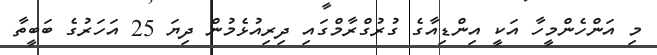
މި އަންހެންމީހާ އަކީ އިންޑިއާގެ ގުރުގްރާމްގައި ދިރިއުޅެމުން ދިޔަ 25 އަހަރުގެ ބަބީތާ